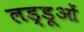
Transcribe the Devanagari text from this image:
लड्डूओं